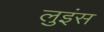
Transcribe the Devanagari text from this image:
लुइंस